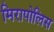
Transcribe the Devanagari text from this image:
मिरापोलिस